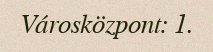
Városközpont: 1.